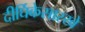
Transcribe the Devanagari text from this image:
दीर्घिकेसारखे